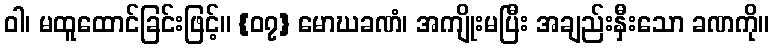
ဝါ၊ မထူထောင်ခြင်းဖြင့်။ {၀၇} မောဃခဏံ၊ အကျိုးမပြီး အချည်းနှီးသော ခဏကို။